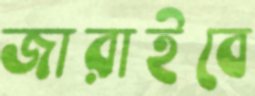
জারাইবে